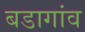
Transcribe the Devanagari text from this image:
बडागांव